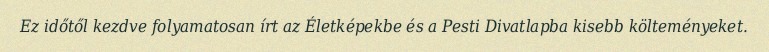
Ez időtől kezdve folyamatosan írt az Életképekbe és a Pesti Divatlapba kisebb költeményeket.